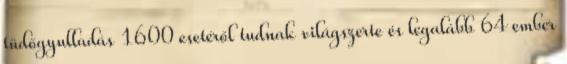
tüdőgyulladás 1600 esetéről tudnak világszerte és legalább 64 ember